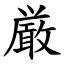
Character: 厳